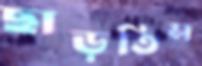
ছাড়তিস